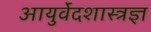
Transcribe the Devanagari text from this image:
आयुर्वेदशास्त्रज्ञ